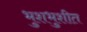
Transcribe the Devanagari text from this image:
भुशभुशीत